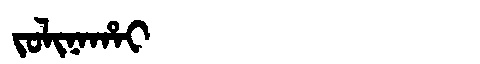
Manchu: ᠵᠣᠯᡳᠨᠠᡥᠠᡳ
Romanization: JOLINAHAI